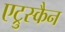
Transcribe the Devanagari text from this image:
एट्रुस्कैन